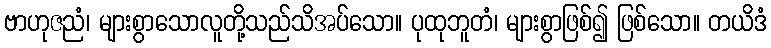
ဗာဟုဇညံ၊ များစွာသောလူတို့သည်သိအပ်သော။ ပုထုဘူတံ၊ များစွာဖြစ်၍ ဖြစ်သော။ တယိဒံ